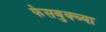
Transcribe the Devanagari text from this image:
फेसबुक्च्या